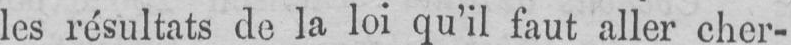
les résultats de la loi qu’il faut aller cher-